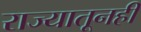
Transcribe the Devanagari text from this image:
राज्यातूनही